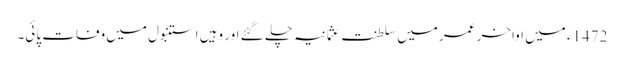
1472ء میں اواخر عمر میں سلطنت عثمانیہ چلے گئے اور وہیں استنبول میں وفات پائی۔